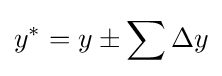
y^{*}=y\pm \sum \Delta y